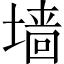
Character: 墙